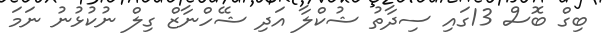
ބިގް ބޮސް 13ގައި ސިދާތު ޝުކްލާާ އަދި ޝެެހްނާޒް ގިލް ނުކުޅުނު ނަމަ